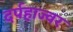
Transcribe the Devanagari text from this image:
दर्पहाज्वर